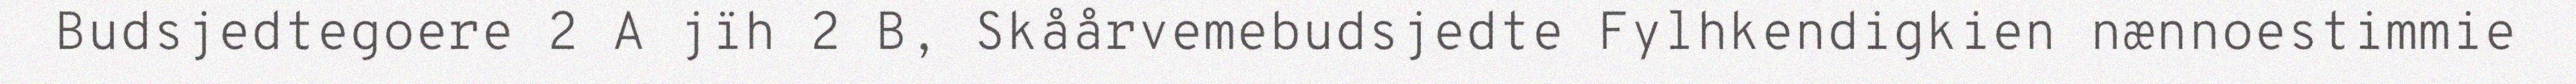
Budsjedtegoere 2 A jïh 2 B, Skåårvemebudsjedte Fylhkendigkien nænnoestimmie